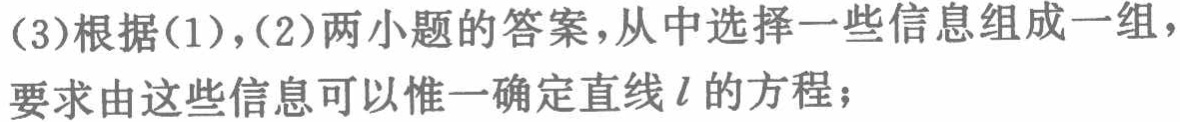
(3)根据(1),(2)两小题的答案，从中选择一些信息组成一组，要求由这些信息可以惟一确定直线\(l\)的方程；